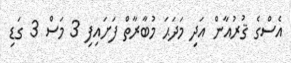
އެސްގެ ޤުރުއާން އަދި މަދަޙަ މުބާރާތް ފަށައިފި 3 މަސް 3 ގަޑި